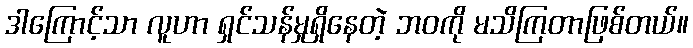
ဒါကြောင့်သာ လူဟာ ရှင်သန်မှုရှိနေတဲ့ ဘဝကို မသိကြတာဖြစ်တယ်။